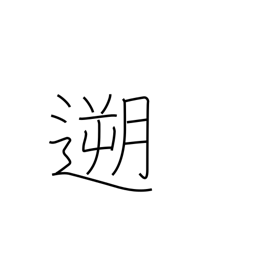
Meaning: go upstream